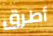
أطرق